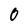
Character: 0